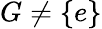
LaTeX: G\neq\{ e\}